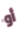
أو